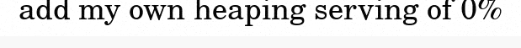
add my own heaping serving of 0%